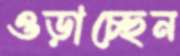
ওড়াচ্ছেন